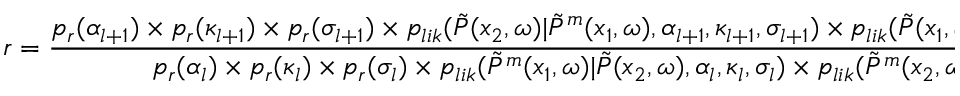
r = \frac { p _ { r } ( \alpha _ { l + 1 } ) \times p _ { r } ( \kappa _ { l + 1 } ) \times p _ { r } ( \sigma _ { l + 1 } ) \times p _ { l i k } ( \Tilde { P } ( x _ { 2 } , \omega ) | \Tilde { P } ^ { m } ( x _ { 1 } , \omega ) , \alpha _ { l + 1 } , \kappa _ { l + 1 } , \sigma _ { l + 1 } ) \times p _ { l i k } ( \Tilde { P } ( x _ { 1 } , \omega ) | \Tilde { P } ^ { m } ( x _ { 2 } , \omega ) , \alpha _ { l + 1 } , \kappa _ { l + 1 } , \sigma _ { l + 1 } ) } { p _ { r } ( \alpha _ { l } ) \times p _ { r } ( \kappa _ { l } ) \times p _ { r } ( \sigma _ { l } ) \times p _ { l i k } ( \Tilde { P } ^ { m } ( x _ { 1 } , \omega ) | \Tilde { P } ( x _ { 2 } , \omega ) , \alpha _ { l } , \kappa _ { l } , \sigma _ { l } ) \times p _ { l i k } ( \Tilde { P } ^ { m } ( x _ { 2 } , \omega ) | \Tilde { P } ( x _ { 1 } , \omega ) , \alpha _ { l } , \kappa _ { l } , \sigma _ { l } ) }